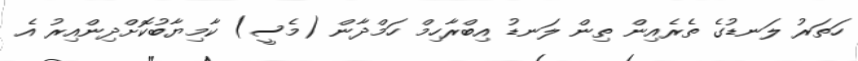
ހަތަރު ލަނޑުގެ ތެރެއިން ތިން ލަނޑު އިބްރާހިމް ހަމްދާން (މެސީ) ކާމިޔާބުކޮށްދިންއިރު އެ